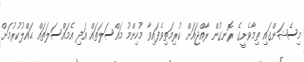
މިސެޝަންގައި ތިމާވެށީގެ ރޮނގުން ރާއްޖައަށް ކުރިމަތިވެފައިވާ މުހިންމު މައްސަލަތައް އަދި އެމައްސަލަތައް ޙައްލުކުރުމަށް